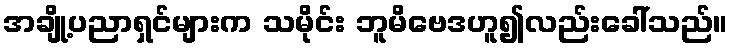
အချို့ပညာရှင်များက သမိုင်း ဘူမိဗေဒဟူ၍လည်းခေါ်သည်။